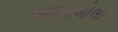
આખાબોલા